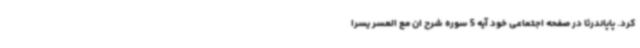
کرد. پاپاندرئا در صفحه اجتماعی خود آیه 5 سوره شرح ان مع العسر یسراً